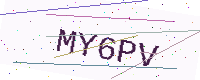
Text: MY6PV